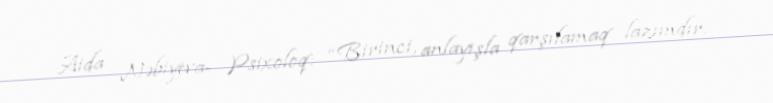
Aida Nəbiyeva- Psixoloq: “Birinci, anlayışla qarşılamaq lazımdır.